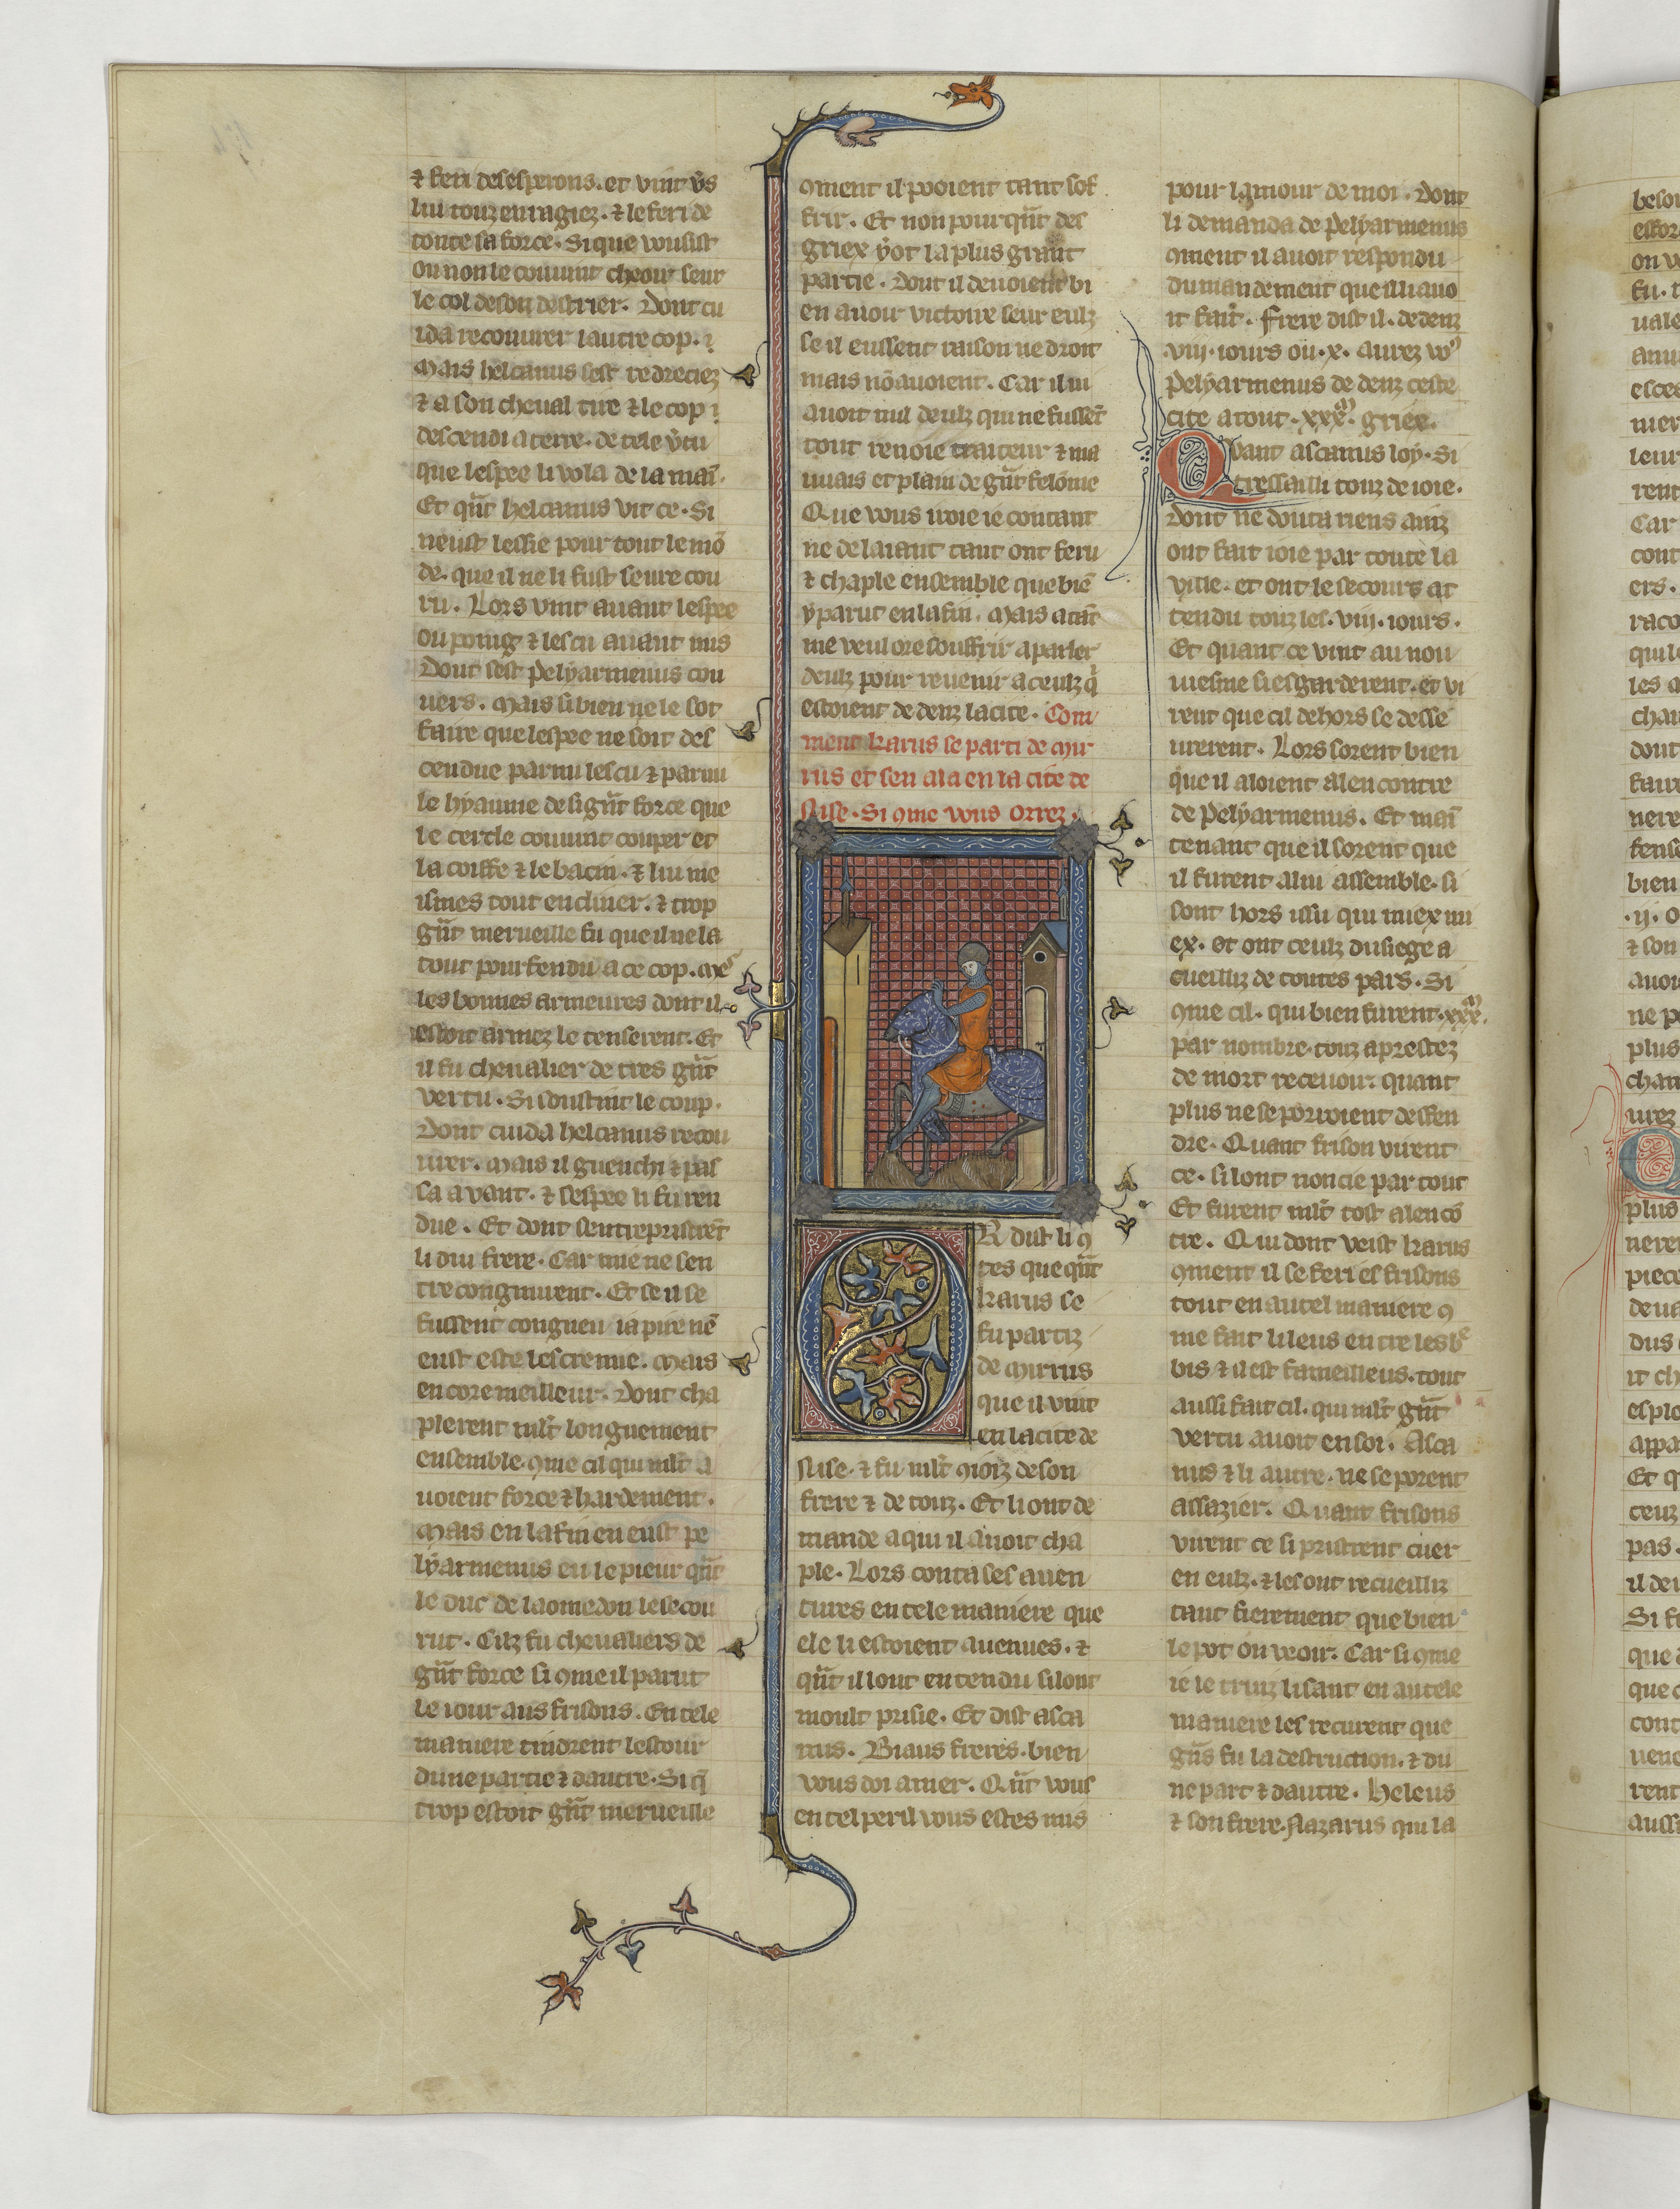
Shelfmark: Paris, BnF, fr. 22549
Century: 14